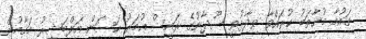
ގައުމާ މުޚާތަބު ކުރައްވާ ވިދާޅުވީ ސޫދާނުގެ ރައީސް އުމަރު ހަސަން އަލްބަޝީރު މަގާމުން